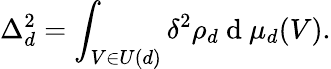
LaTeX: \Delta_{d}^{2}=\int_{V\in U(d)}\delta^{2}\rho_{d}\mathrm{~d~}\mu_{d}(V).